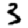
Digit: 3